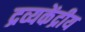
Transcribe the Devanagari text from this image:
द्रव्यकेंद्रीय